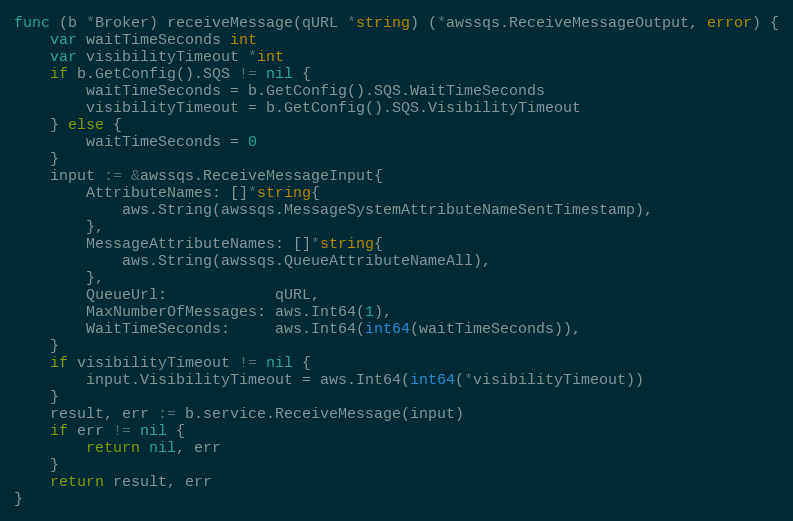
Language: Go
func (b *Broker) receiveMessage(qURL *string) (*awssqs.ReceiveMessageOutput, error) {
	var waitTimeSeconds int
	var visibilityTimeout *int
	if b.GetConfig().SQS != nil {
		waitTimeSeconds = b.GetConfig().SQS.WaitTimeSeconds
		visibilityTimeout = b.GetConfig().SQS.VisibilityTimeout
	} else {
		waitTimeSeconds = 0
	}
	input := &awssqs.ReceiveMessageInput{
		AttributeNames: []*string{
			aws.String(awssqs.MessageSystemAttributeNameSentTimestamp),
		},
		MessageAttributeNames: []*string{
			aws.String(awssqs.QueueAttributeNameAll),
		},
		QueueUrl:            qURL,
		MaxNumberOfMessages: aws.Int64(1),
		WaitTimeSeconds:     aws.Int64(int64(waitTimeSeconds)),
	}
	if visibilityTimeout != nil {
		input.VisibilityTimeout = aws.Int64(int64(*visibilityTimeout))
	}
	result, err := b.service.ReceiveMessage(input)
	if err != nil {
		return nil, err
	}
	return result, err
}